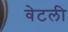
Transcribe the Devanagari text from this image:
वेटली